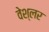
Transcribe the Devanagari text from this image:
वेश्लर